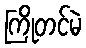
ကြိုတင်မဲ